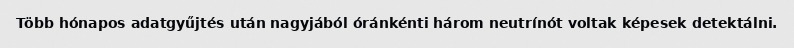
Több hónapos adatgyűjtés után nagyjából óránkénti három neutrínót voltak képesek detektálni.